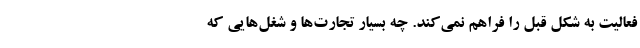
فعالیت به شکل قبل را فراهم نمی‌کند. چه بسیار تجارت‌ها و شغل‌هایی که